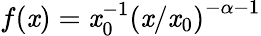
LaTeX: f(\mathit{x})=\mathit{x}_{0}^{-1}\left(\mathit{x}/\mathit{x}_{0}\right)^{-\alpha-1}